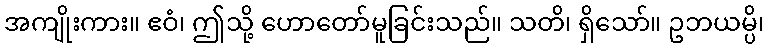
အကျိုးကား။ ဧဝံ၊ ဤသို့ ဟောတော်မူခြင်းသည်။ သတိ၊ ရှိသော်။ ဥဘယမ္ပိ၊